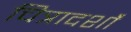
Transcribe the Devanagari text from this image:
चित्रादर्शों